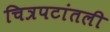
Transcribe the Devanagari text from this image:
चित्रपटांतली